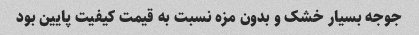
جوجه بسیار خشک و بدون مزه نسبت به قیمت کیفیت پایین بود